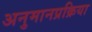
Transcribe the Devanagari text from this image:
अनुमानप्रक्रिया